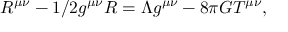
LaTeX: R ^ { \mu \nu } - 1 / 2 g ^ { \mu \nu } R = \Lambda g ^ { \mu \nu } - 8 \pi G T ^ { \mu \nu } ,